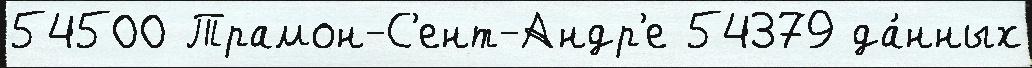
54500 Трамон-С'ент-Андр'е 54379 да́нных